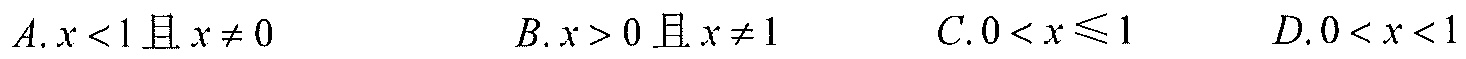
\(A.x < 1且x\neq0\)  \(B.x > 0且x\neq1\)  \(C.0 < x\leqslant1\)  \(D.0 < x < 1\)